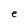
Character: e